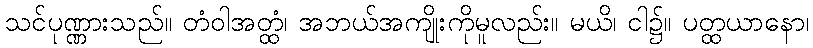
သင်ပုဏ္ဏားသည်။ တံဝါအတ္ထံ၊ အဘယ်အကျိုးကိုမူလည်း။ မယိ၊ ငါ၌။ ပတ္ထယာနော၊